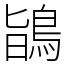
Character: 鴲